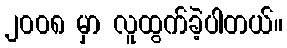
၂၀၀၈ မှာ လူထွက်ခဲ့ပါတယ်။